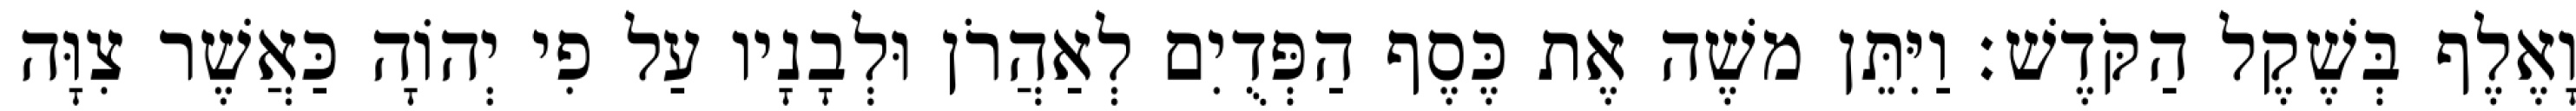
וָאֶלֶף בְּשֶׁקֶל הַקֹּדֶשׁ׃ וַיִּתֵּן משֶׁה אֶת כֶּסֶף הַפְּדֻיִם לְאַהֲרֹן וּלְבָנָיו עַל פִי יְהוָֹה כַּאֲשֶׁר צִוָּה